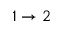
1 \rightarrow 2